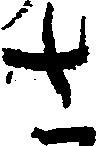
さ